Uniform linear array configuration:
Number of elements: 48
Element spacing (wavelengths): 0.5
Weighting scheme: binomial
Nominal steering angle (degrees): -45
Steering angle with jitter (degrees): -44.921
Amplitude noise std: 0.05
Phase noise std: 0.05

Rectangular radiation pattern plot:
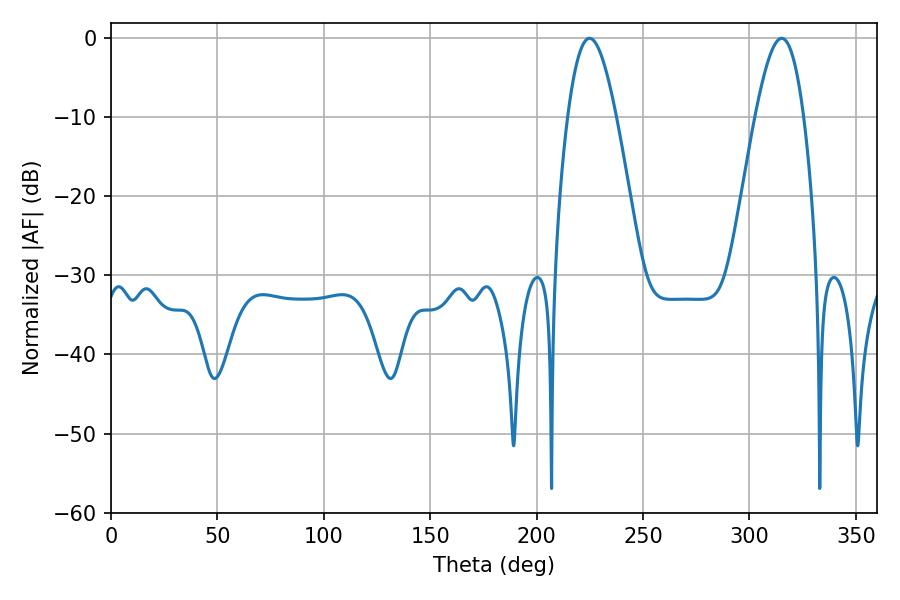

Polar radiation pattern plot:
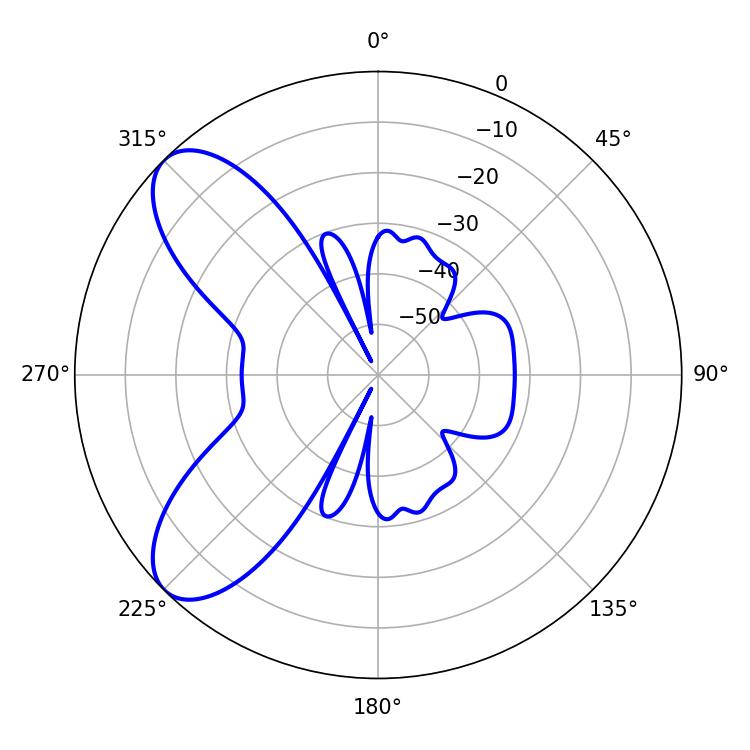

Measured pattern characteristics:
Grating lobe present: FALSE
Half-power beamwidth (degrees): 12.24
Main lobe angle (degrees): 224.82